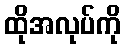
ထိုအလုပ်ကို